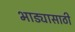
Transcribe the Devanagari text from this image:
भाड्यासाठी